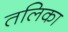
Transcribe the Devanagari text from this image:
तलिका